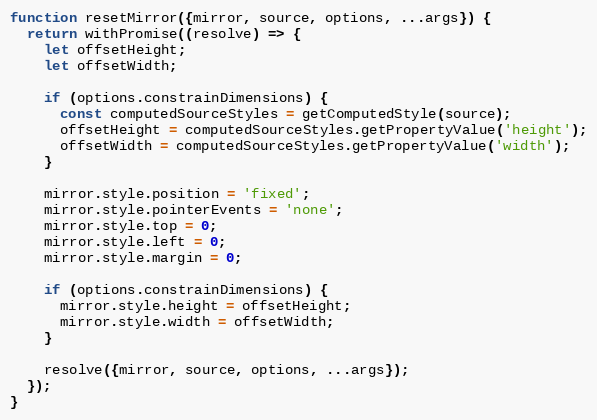
Language: JavaScript
function resetMirror({mirror, source, options, ...args}) {
  return withPromise((resolve) => {
    let offsetHeight;
    let offsetWidth;

    if (options.constrainDimensions) {
      const computedSourceStyles = getComputedStyle(source);
      offsetHeight = computedSourceStyles.getPropertyValue('height');
      offsetWidth = computedSourceStyles.getPropertyValue('width');
    }

    mirror.style.position = 'fixed';
    mirror.style.pointerEvents = 'none';
    mirror.style.top = 0;
    mirror.style.left = 0;
    mirror.style.margin = 0;

    if (options.constrainDimensions) {
      mirror.style.height = offsetHeight;
      mirror.style.width = offsetWidth;
    }

    resolve({mirror, source, options, ...args});
  });
}